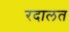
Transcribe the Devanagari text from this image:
रदालत